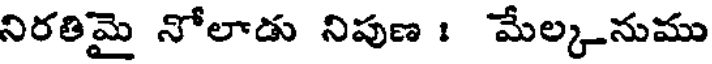
నిరతిమై నోలాడు నిపుణ : మేల్కనుము